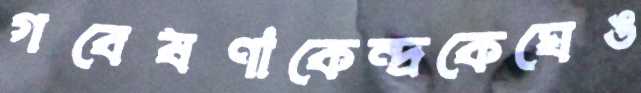
গবেষণাকেন্দ্রকেঘেঙ